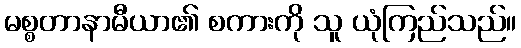
မစ္စတာနာမီယာ၏ စကားကို သူ ယုံကြည်သည်။